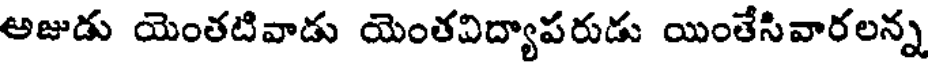
అజుడు యెంతటివాడు యెంతవిద్యాపరుడు యింతేసివారలన్న